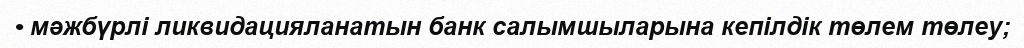
• мәжбүрлі ликвидацияланатын банк салымшыларына кепілдік төлем төлеу;